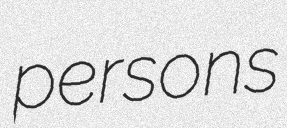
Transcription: persons